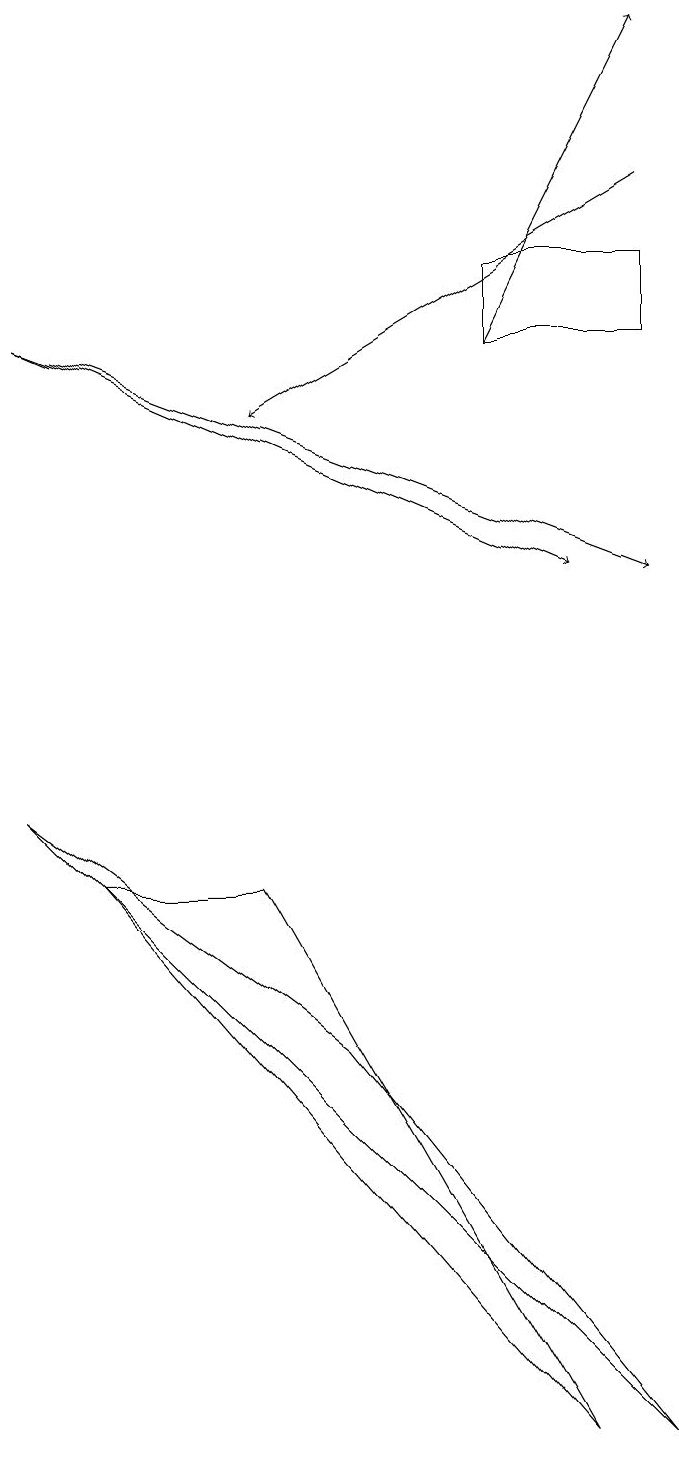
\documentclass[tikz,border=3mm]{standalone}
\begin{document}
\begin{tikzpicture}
\draw[->] (8,17) -- (3,14);
\draw (6,16) rectangle (8,15);
\draw (4,6) -- (8,1) -- (0,9) -- cycle;
\draw[->] (6,15) -- (8,19);
\draw[->] (0,15) -- (7,12);
\draw (1,8) -- (7,1) -- (3,8) -- cycle;
\draw[->] (0,15) -- (8,12);
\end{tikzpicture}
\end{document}